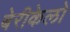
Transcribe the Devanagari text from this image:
बेरीकेलो